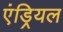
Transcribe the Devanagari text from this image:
एंड्रियल